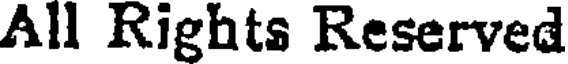
All Rights Reserved